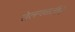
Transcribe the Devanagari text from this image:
तेलगळतीचे